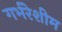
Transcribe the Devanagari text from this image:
गर्भरेशीम